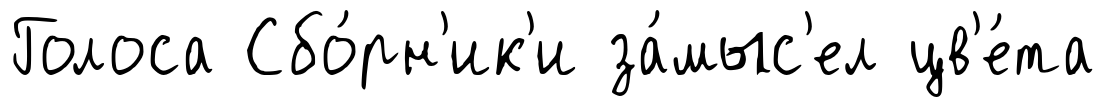
Голоса Сбо́рн'ик'и за́мыс'ел цв'е́та